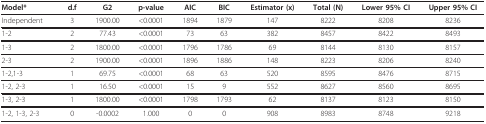
<table><thead><tr><td><b>Model*</b></td><td><b>d.f</b></td><td><b>G2</b></td><td><b>p-value</b></td><td><b>AIC</b></td><td><b>BIC</b></td><td><b>Estimator (x)</b></td><td><b>Total (N)</b></td><td><b>Lower 95% CI</b></td><td><b>Upper 95% CI</b></td></tr></thead><tbody><tr><td>Independent</td><td>3</td><td>1900.00</td><td>&lt;0.0001</td><td>1894</td><td>1879</td><td>147</td><td>8222</td><td>8208</td><td>8236</td></tr><tr><td>1-2</td><td>2</td><td>77.43</td><td>&lt;0.0001</td><td>73</td><td>63</td><td>382</td><td>8457</td><td>8422</td><td>8493</td></tr><tr><td>1-3</td><td>2</td><td>1800.00</td><td>&lt;0.0001</td><td>1796</td><td>1786</td><td>69</td><td>8144</td><td>8130</td><td>8157</td></tr><tr><td>2-3</td><td>2</td><td>1900.00</td><td>&lt;0.0001</td><td>1896</td><td>1886</td><td>148</td><td>8223</td><td>8206</td><td>8240</td></tr><tr><td>1-2,1-3</td><td>1</td><td>69.75</td><td>&lt;0.0001</td><td>68</td><td>63</td><td>520</td><td>8595</td><td>8476</td><td>8715</td></tr><tr><td>1-2, 2-3</td><td>1</td><td>16.50</td><td>&lt;0.0001</td><td>15</td><td>9</td><td>552</td><td>8627</td><td>8560</td><td>8695</td></tr><tr><td>1-3, 2-3</td><td>1</td><td>1800.00</td><td>&lt;0.0001</td><td>1798</td><td>1793</td><td>62</td><td>8137</td><td>8123</td><td>8150</td></tr><tr><td>1-2, 1-3, 2-3</td><td>0</td><td>-0.0002</td><td>1.000</td><td>0</td><td>0</td><td>908</td><td>8983</td><td>8748</td><td>9218</td></tr></tbody></table>